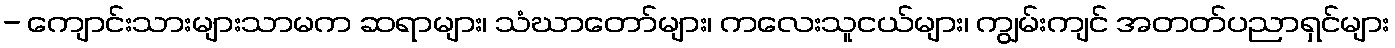
- ကျောင်းသားများသာမက ဆရာများ၊ သံဃာတော်များ၊ ကလေးသူငယ်များ၊ ကျွမ်းကျင် အတတ်ပညာရှင်များ